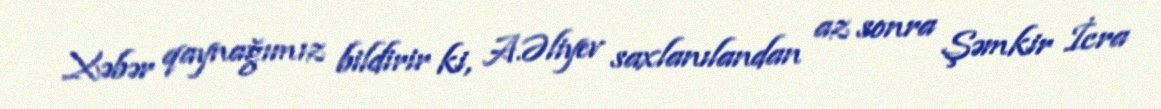
Xəbər qaynağımız bildirir ki, A.Əliyev saxlanılandan az sonra Şəmkir İcra